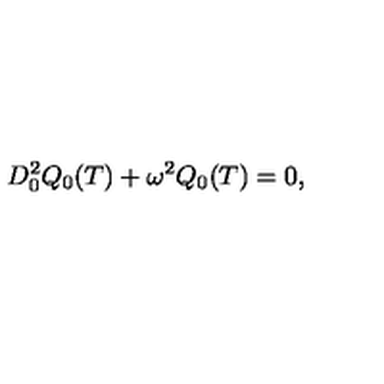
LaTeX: D _ { 0 } ^ { 2 } Q _ { 0 } ( T ) + \omega ^ { 2 } Q _ { 0 } ( T ) = 0 ,